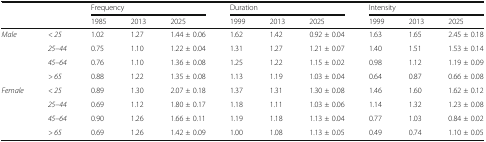
<table><thead><tr><td rowspan="2" colspan="2"></td><td colspan="3"><b>Frequency</b></td><td colspan="3"><b>Duration</b></td><td colspan="3"><b>Intensity</b></td></tr><tr><td><b>1985</b></td><td><b>2013</b></td><td><b>2025</b></td><td><b>1999</b></td><td><b>2013</b></td><td><b>2025</b></td><td><b>1999</b></td><td><b>2013</b></td><td><b>2025</b></td></tr></thead><tbody><tr><td rowspan="4"><i>Male</i></td><td><i>&lt; 25</i></td><td>1.02</td><td>1.27</td><td>1.44 ± 0.06</td><td>1.62</td><td>1.42</td><td>0.92 ± 0.04</td><td>1.63</td><td>1.65</td><td>2.45 ± 0.18</td></tr><tr><td><i>25–44</i></td><td>0.75</td><td>1.10</td><td>1.22 ± 0.04</td><td>1.31</td><td>1.27</td><td>1.21 ± 0.07</td><td>1.40</td><td>1.51</td><td>1.53 ± 0.14</td></tr><tr><td><i>45–64</i></td><td>0.76</td><td>1.10</td><td>1.36 ± 0.08</td><td>1.25</td><td>1.22</td><td>1.15 ± 0.02</td><td>0.98</td><td>1.12</td><td>1.19 ± 0.09</td></tr><tr><td><i>&gt; 65</i></td><td>0.88</td><td>1.22</td><td>1.35 ± 0.08</td><td>1.13</td><td>1.19</td><td>1.03 ± 0.04</td><td>0.64</td><td>0.87</td><td>0.66 ± 0.08</td></tr><tr><td rowspan="4"><i>Female</i></td><td><i>&lt; 25</i></td><td>0.89</td><td>1.30</td><td>2.07 ± 0.18</td><td>1.37</td><td>1.31</td><td>1.30 ± 0.08</td><td>1.46</td><td>1.60</td><td>1.62 ± 0.12</td></tr><tr><td><i>25–44</i></td><td>0.69</td><td>1.12</td><td>1.80 ± 0.17</td><td>1.18</td><td>1.11</td><td>1.03 ± 0.06</td><td>1.14</td><td>1.32</td><td>1.23 ± 0.08</td></tr><tr><td><i>45–64</i></td><td>0.90</td><td>1.26</td><td>1.66 ± 0.11</td><td>1.19</td><td>1.18</td><td>1.13 ± 0.04</td><td>0.77</td><td>1.03</td><td>0.84 ± 0.02</td></tr><tr><td><i>&gt; 65</i></td><td>0.69</td><td>1.26</td><td>1.42 ± 0.09</td><td>1.00</td><td>1.08</td><td>1.13 ± 0.05</td><td>0.49</td><td>0.74</td><td>1.10 ± 0.05</td></tr></tbody></table>